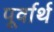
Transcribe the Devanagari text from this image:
पूर्वार्थ